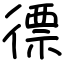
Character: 徱